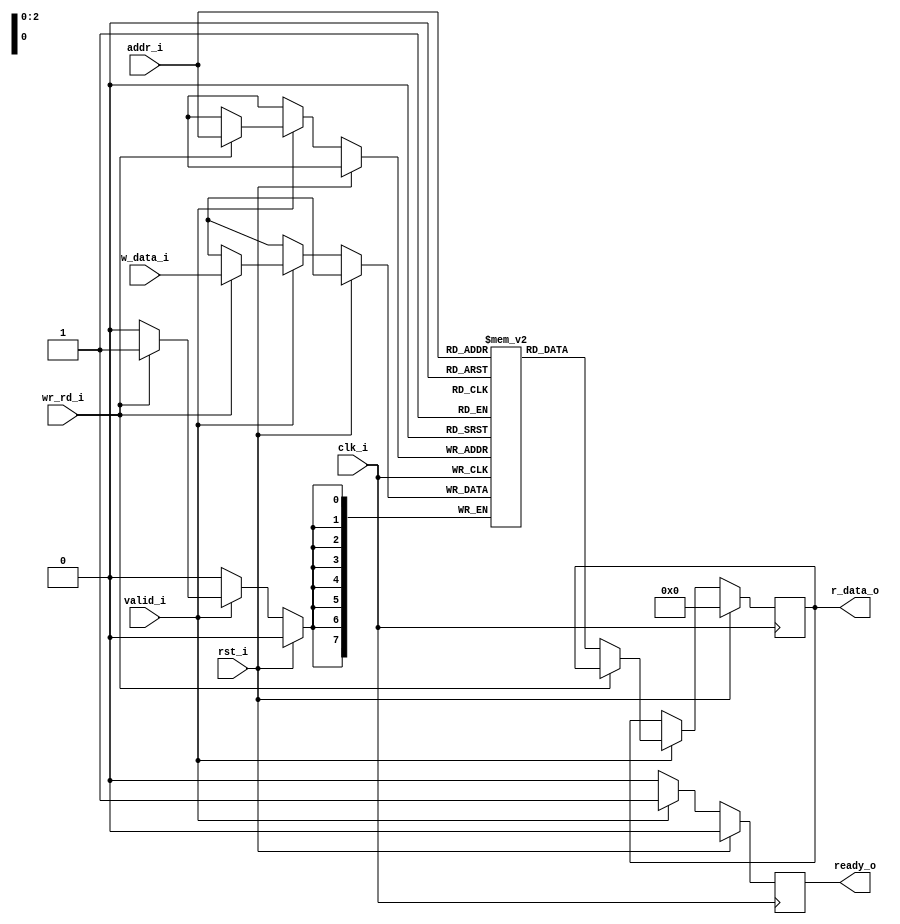
module memory
    #(
        parameter   WIDTH = 8,  //Memory width
        parameter   DEPTH = 8,  //Memory depth
        parameter   ADDR_WIDTH = 3  //Num of address lines
    )
    (
        input   wire    clk_i,  //Clock
        input   wire    rst_i,  //Reset
        input   wire    [ADDR_WIDTH-1:0] addr_i,    //Address lines
        input   wire    [WIDTH-1:0] w_data_i,       //Write data lines
        output  reg     [WIDTH-1:0] r_data_o,       //Read data lines
        input   wire    wr_rd_i,    //Write enable
        input   wire    valid_i,    //Handshaking signal - Input
        output  reg     ready_o     //Handshaking Signal - Output
    );

//Define memory
reg [WIDTH-1:0] mem [DEPTH-1:0];

//integer i;  //Loop variable to reset memory

always @ (posedge clk_i) begin
    
    if(rst_i == 1) begin
        ready_o <= 0;
        r_data_o <= 0;
       /* 
        for(i=0; i<DEPTH; i=i+1)
            mem[i] <= 0;
        */
    end

    else begin
        if(valid_i == 1) begin
             
            if(wr_rd_i == 1) begin
                ready_o <= 1;
                mem[addr_i] <= w_data_i;
            end

            else begin
                ready_o <= 1;
                r_data_o <= mem[addr_i];
            end
        end

        else
            ready_o <= 0;
    end
end

endmodule